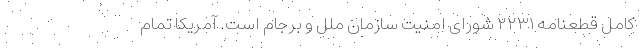
کامل قطعنامه ۲۲۳۱ شورای امنیت سازمان ملل و برجام است. آمریکا تمام